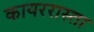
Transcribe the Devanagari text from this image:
कायररास्ता